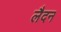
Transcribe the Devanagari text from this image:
लैदन